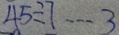
4 5 \div 7 \cdots 3